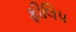
ફીલિપ